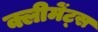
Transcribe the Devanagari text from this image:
क्लीमेंट्स